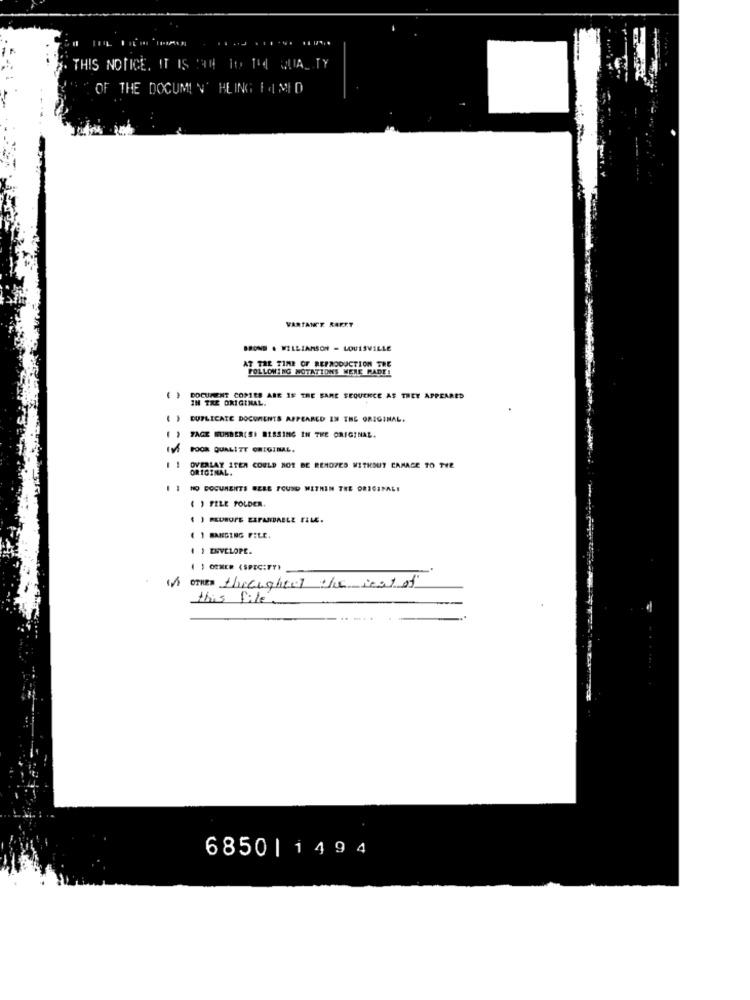
THIS NOTICE. IT IS '44 10 THE QUALITY
OF THE DOCUMIN' HLING 1 4 MLD
VARTANCE REEKT
BROND . WILLIAMSON - LOUISVILLE
AT THE TIME OF REPRODUCTION THE
FOLLOWING NOTATIONS MENE MADE!
DOCUMENT COPIES ARE IF THE BARE SEQUENCE AS THEY APPEARED
IN THE ORIGINAL.
DUPLICATE DOCUMENTS APPEARED IN THE ORIGINAL.
FAGE NUMBER( S) BISSING IN THE ORIGINAL.
IVS POOR QUALITY ORIGINAL.
OVERLAY ITEM COULD NOT BE REMOTES WITHOUT CAMAGE TO THE
ORIGINAL.
I I NO DOCUMENTS WERE FOUND WITHIN THE ORIGINAL!
( ) FELE FOLDER.
( ) BANGING FILE.
1 ) ENVELOPE.
() OCHER (SPECIFY)
1)OTHER througheel the rest of
this file
.....
6850 | 1494